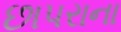
છાપરાના